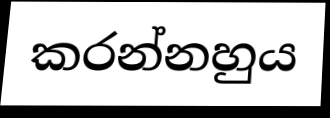
කරන්නහුය